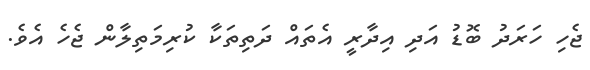
ޖެހި ހަރަދު ބޮޑު އަދި އިދާރީ އެތައް ދަތިތަކާ ކުރިމަތިލާން ޖެހެ އެވެ.